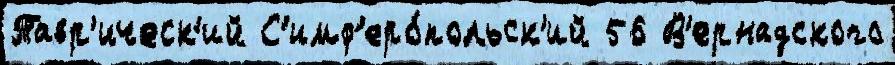
Тавр'ическ'ий С'имф'еро́польск'ий 56 В'ернадского